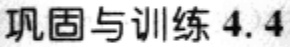
巩固与训练 4.4